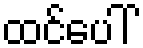
ထင်ပေါ်